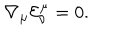
LaTeX: { \nabla _ { \mu } } { { \mathcal { E } } _ { \nu } ^ { \mu } } = 0 .